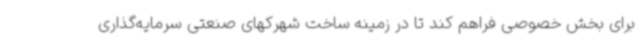
برای بخش خصوصی فراهم کند تا در زمینه ساخت شهرکهای صنعتی سرمایه‌گذاری